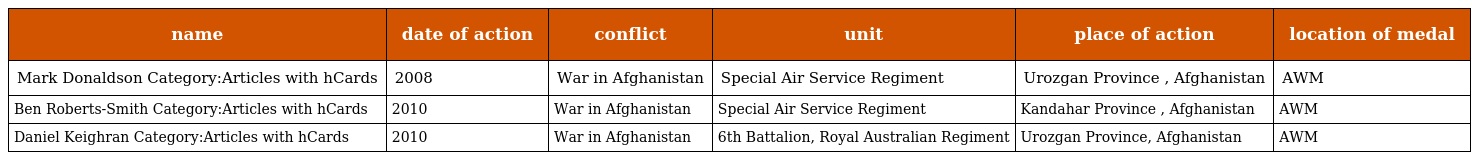
| name | date of action | conflict | unit | place of action | location of medal |
 | --- | --- | --- | --- | --- | --- |
 | Mark Donaldson Category:Articles with hCards | 2008 | War in Afghanistan | Special Air Service Regiment | Urozgan Province , Afghanistan | AWM |
 | Ben Roberts-Smith Category:Articles with hCards | 2010 | War in Afghanistan | Special Air Service Regiment | Kandahar Province , Afghanistan | AWM |
 | Daniel Keighran Category:Articles with hCards | 2010 | War in Afghanistan | 6th Battalion, Royal Australian Regiment | Urozgan Province, Afghanistan | AWM |